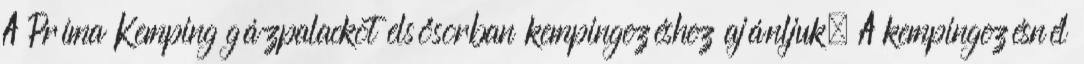
A Príma Kemping gázpalackot elsősorban kempingezéshez ajánljuk. A kempingezésnél